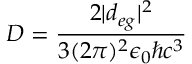
D = \frac { 2 | d _ { e g } | ^ { 2 } } { 3 ( 2 \pi ) ^ { 2 } \epsilon _ { 0 } \hbar c ^ { 3 } }